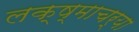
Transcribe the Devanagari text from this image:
लक्ष्माचर्या